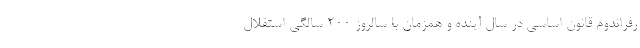
رفراندوم قانون اساسی در سال آینده و همزمان با سالروز ۲۰۰ سالگی استقلال